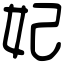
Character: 妃